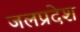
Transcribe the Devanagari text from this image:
जलप्रदेश